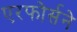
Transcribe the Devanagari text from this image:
एरफोर्सने